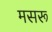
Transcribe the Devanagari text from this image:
मसरू